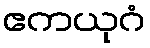
ဧကယုဂံ